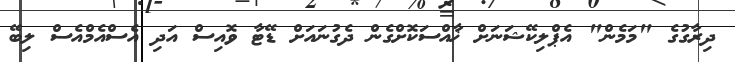
ދިރާގުގެ "މަމެން" އެޕްލިކޭޝަނަށް ޚާއްސަކޮށްގެން ދެގުނައަށް ޑޭޓާ ވޮއިސް އަދި އެސްއެމްއެސް ލިބޭ